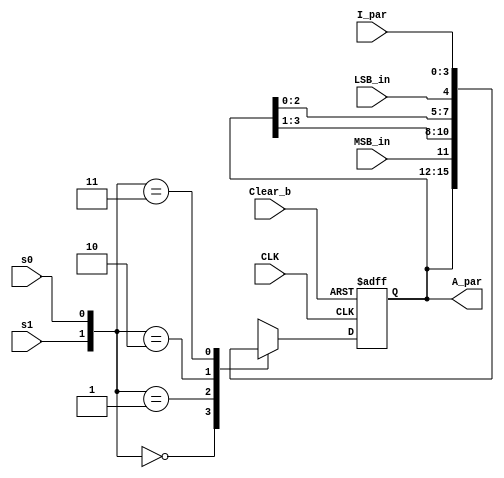
module Shift_Register_3bit(
	output reg [3:0]A_par,
	input [3:0]I_par,
	input s1,s0,MSB_in,LSB_in,CLK,Clear_b
	);
	always@(posedge CLK,negedge Clear_b)
		if(~Clear_b) A_par<=0;
		else
			case({s1,s0})
				2'b00:A_par<=A_par;
				2'b01:A_par<={MSB_in,A_par[3:1]};
				2'b10:A_par<={A_par[2:0],LSB_in};
				2'b11:A_par<=I_par;
			endcase
endmodule